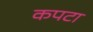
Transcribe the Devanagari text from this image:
कपटा